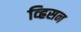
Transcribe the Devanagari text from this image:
व्ह्रिसन